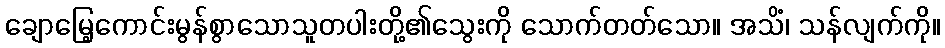
ချောမြေ့ကောင်းမွန်စွာသောသူတပါးတို့၏သွေးကို သောက်တတ်သော။ အသိံ၊ သန်လျက်ကို။